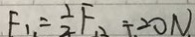
F _ { 1 } = \frac { 1 } { 2 } F _ { 2 } \div 2 0 N